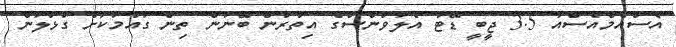
އެސްއެމްއެސްއާ 3.5 ޖީބީ ޑޭޓާ އެލަވަންސްގެ އިތުރުން ބޭނުން ތިން ގައުމަކަށް ގުޅަލަން